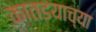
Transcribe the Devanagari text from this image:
कातडयाच्या